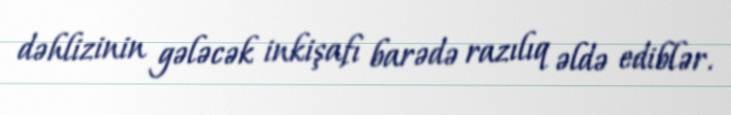
dəhlizinin gələcək inkişafı barədə razılıq əldə ediblər.